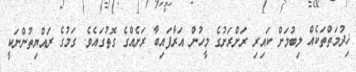
ޚިދުމަތްތަކެއް ލިބުމަށް ކައިރި ރަށްރަށުގެ މީހުން އަރާފައިބާ ރަށެއްގެ ގޮތުގައެވެ. ގަމުގެ ރައްޔިތުންނަކީ